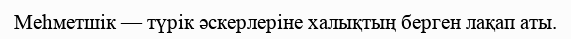
Меһметшік — түрік әскерлеріне халықтың берген лақап аты.